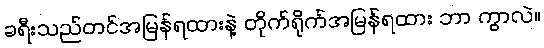
ခရီးသည်တင်အမြန်ရထားနဲ့ တိုက်ရိုက်အမြန်ရထား ဘာ ကွာလဲ။